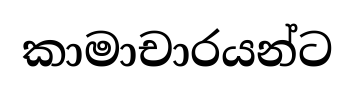
කාමාචාරයන්ට